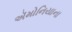
ઍમોનિયાના